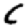
Digit: 6